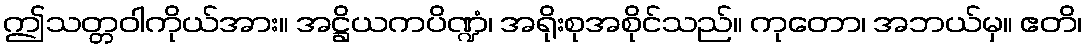
ဤသတ္တဝါကိုယ်အား။ အဋ္ဌိယကပိဏ္ဍံ၊ အရိုးစုအစိုင်သည်။ ကုတော၊ အဘယ်မှ။ ဧတိ၊